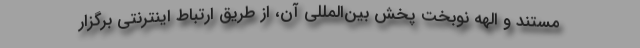
مستند و الهه نوبخت پخش بین‌المللی آن، از طریق ارتباط اینترنتی برگزار